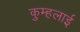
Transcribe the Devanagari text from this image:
कुम्हलाई